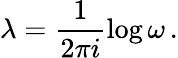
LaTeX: \lambda=\frac{1}{2\pi i}\log{\omega}\, .